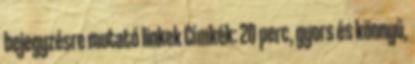
bejegyzésre mutató linkek Címkék: 20 perc, gyors és könnyű,